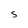
Character: s